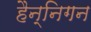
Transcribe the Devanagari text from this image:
हैन्निगन